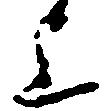
上